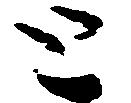
と